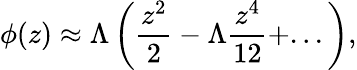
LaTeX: \phi(z)\approx\Lambda\left(\frac{z^{2}}{2}-\Lambda\frac{z^{4}}{12}+...\right),